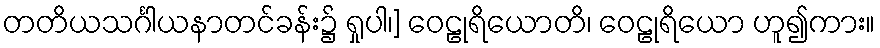
တတိယသင်္ဂါယနာတင်ခန်း၌ ရှုပါ၊] ဝေဠုရိယောတိ၊ ဝေဠုရိယော ဟူ၍ကား။